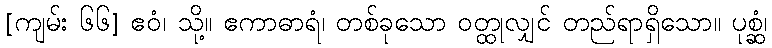
[ကျမ်း ၆၆] ဧဝံ၊ သို့။ ဧကာဓာရံ၊ တစ်ခုသော ဝတ္ထုလျှင် တည်ရာရှိသော။ ပုစ္ဆံ၊